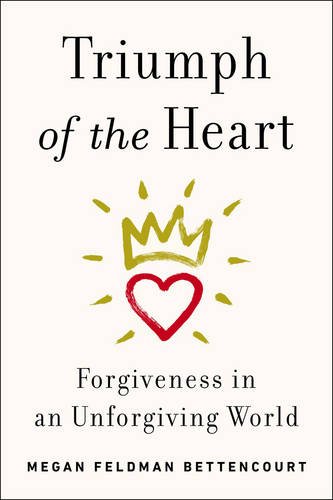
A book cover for Triumph of the Heart: Forgiveness in an Unforgiving World; Megan Feldman Bettencourt; Travel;